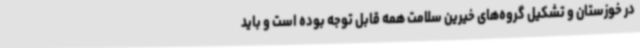
در خوزستان و تشکیل گروه‌های خیرین سلامت همه قابل توجه بوده است و باید